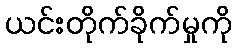
ယင်းတိုက်ခိုက်မှုကို